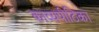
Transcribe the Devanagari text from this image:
काव्यपीठिका